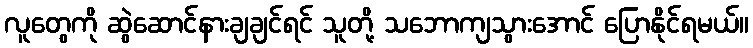
လူတွေကို ဆွဲဆောင်နားချချင်ရင် သူတို့ သဘောကျသွားအောင် ပြောနိုင်ရမယ်။